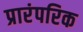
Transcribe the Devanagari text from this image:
प्रारंपरिक